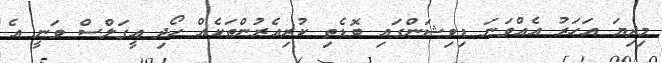
މިދިޔަ އަހަރު އެއްވަނަ ޑިވިޝަންގައި ބޮޑެތި ކުރިއެރުންތަކެއް ހޯދި އީގަލްސް ވަނީ އެ